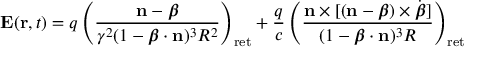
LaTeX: \mathbf { E } ( \mathbf { r } , t ) = q \left( { \frac { \mathbf { n } - { \boldsymbol { \beta } } } { \gamma ^ { 2 } ( 1 - { \boldsymbol { \beta } } \cdot \mathbf { n } ) ^ { 3 } R ^ { 2 } } } \right) _ { \mathrm { { r e t } } } + { \frac { q } { c } } \left( { \frac { \mathbf { n } \times [ ( \mathbf { n } - { \boldsymbol { \beta } } ) \times { \dot { \boldsymbol { \beta } } } ] } { ( 1 - { \boldsymbol { \beta } } \cdot \mathbf { n } ) ^ { 3 } R } } \right) _ { \mathrm { { r e t } } }